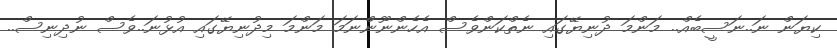
ކިޔަން ނަ..ނަސީބެއް.. މަންމަ ދުނިޔޭގައި ނެތްކަންވެސް އެހެންނޫންނަމަ މަންމަ މިދުނިޔޭގައި އުޅުނަ..ވެސް ނުދިނިސް..